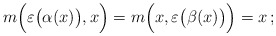
\begin{align*} m\Bigl(\varepsilon\bigl(\alpha(x)\bigr),x\Bigr) =m\Bigl(x,\varepsilon\bigl(\beta(x)\bigr)\Bigr)=x\,;\end{align*}